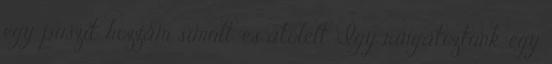
egy puszit, hozzám simult, és átölelt. Így ringatóztunk egy